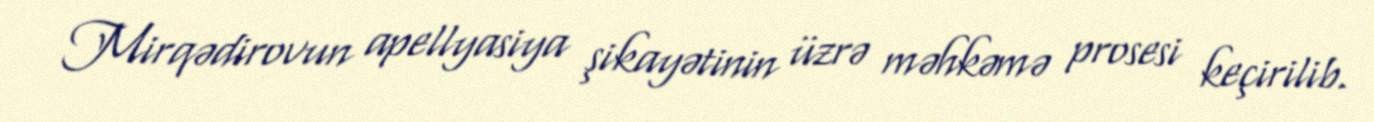
Mirqədirovun apellyasiya şikayətinin üzrə məhkəmə prosesi keçirilib.